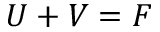
U + V = F